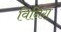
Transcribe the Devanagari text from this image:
विनिंग्